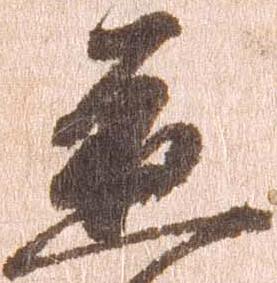
応